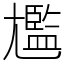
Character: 尷